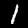
Digit: 1